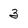
Character: 3